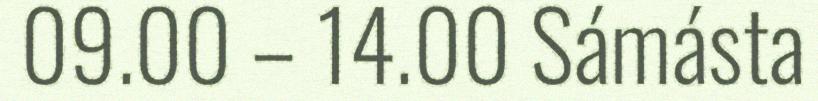
09.00 – 14.00 Sámásta